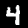
Digit: 4